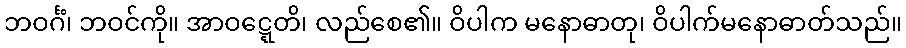
ဘဝင်္ဂံ၊ ဘဝင်ကို။ အာဝဋ္ဋေတိ၊ လည်စေ၏။ ဝိပါက မနောဓာတု၊ ဝိပါက်မနောဓာတ်သည်။